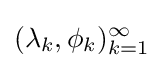
(\lambda _{k},\phi _{k})_{k=1}^{\infty }